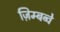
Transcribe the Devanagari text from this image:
ज़िम्बब्वे